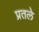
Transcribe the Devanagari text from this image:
प्रतले